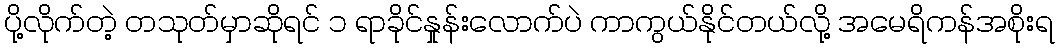
ပို့လိုက်တဲ့ တသုတ်မှာဆိုရင် ၁ ရာခိုင်နှုန်းလောက်ပဲ ကာကွယ်နိုင်တယ်လို့ အမေရိကန်အစိုးရ